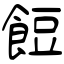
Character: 餖